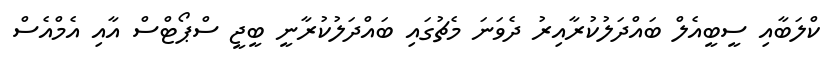
ކްލަބާއި ސީބީއެލް ބައްދަލުކުރާއިރު ދެވަނަ މެޗުގައި ބައްދަލުކުރާނީ ބީޖީ ސްޕޯޓްސް އާއި އެމްއެސް